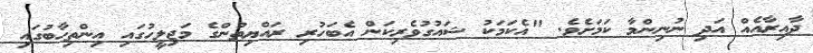
ދާއިރާއެއް އަދި ނުނިންމާ ކަމަށެވެ. "އެކަމަކު ޝައުގުވެރިކަން އެބަހުރި ރައްޔިތުންގެ މަޖިލީހުގައި އިންތިހާބުގައި